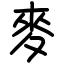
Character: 麥